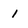
Character: 1